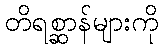
တိရစ္ဆာန်များကို